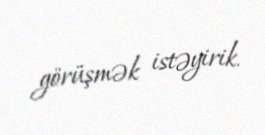
görüşmək istəyirik.